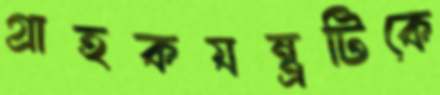
গ্রাহকযন্ত্রটিকে